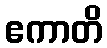
ဧကာတိ